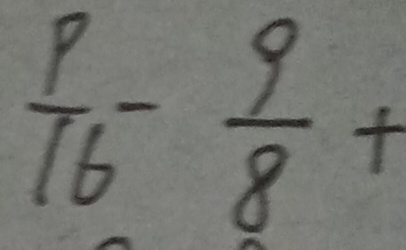
\frac { 9 } { 1 6 } - \frac { 9 } { 8 } +